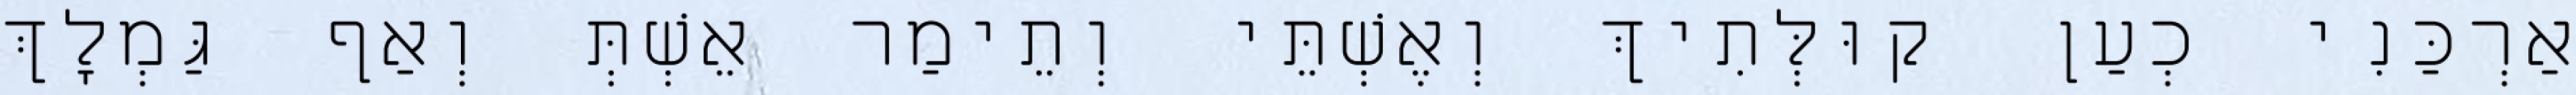
אַרְכַּנִי כְעַן קוּלְּתִיךְ וְאֶשְׁתֵּי וְתֵימַר אֵשְׁתְּ וְאַף גַּמְלָךְ